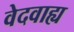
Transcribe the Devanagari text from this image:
वेदवाह्य